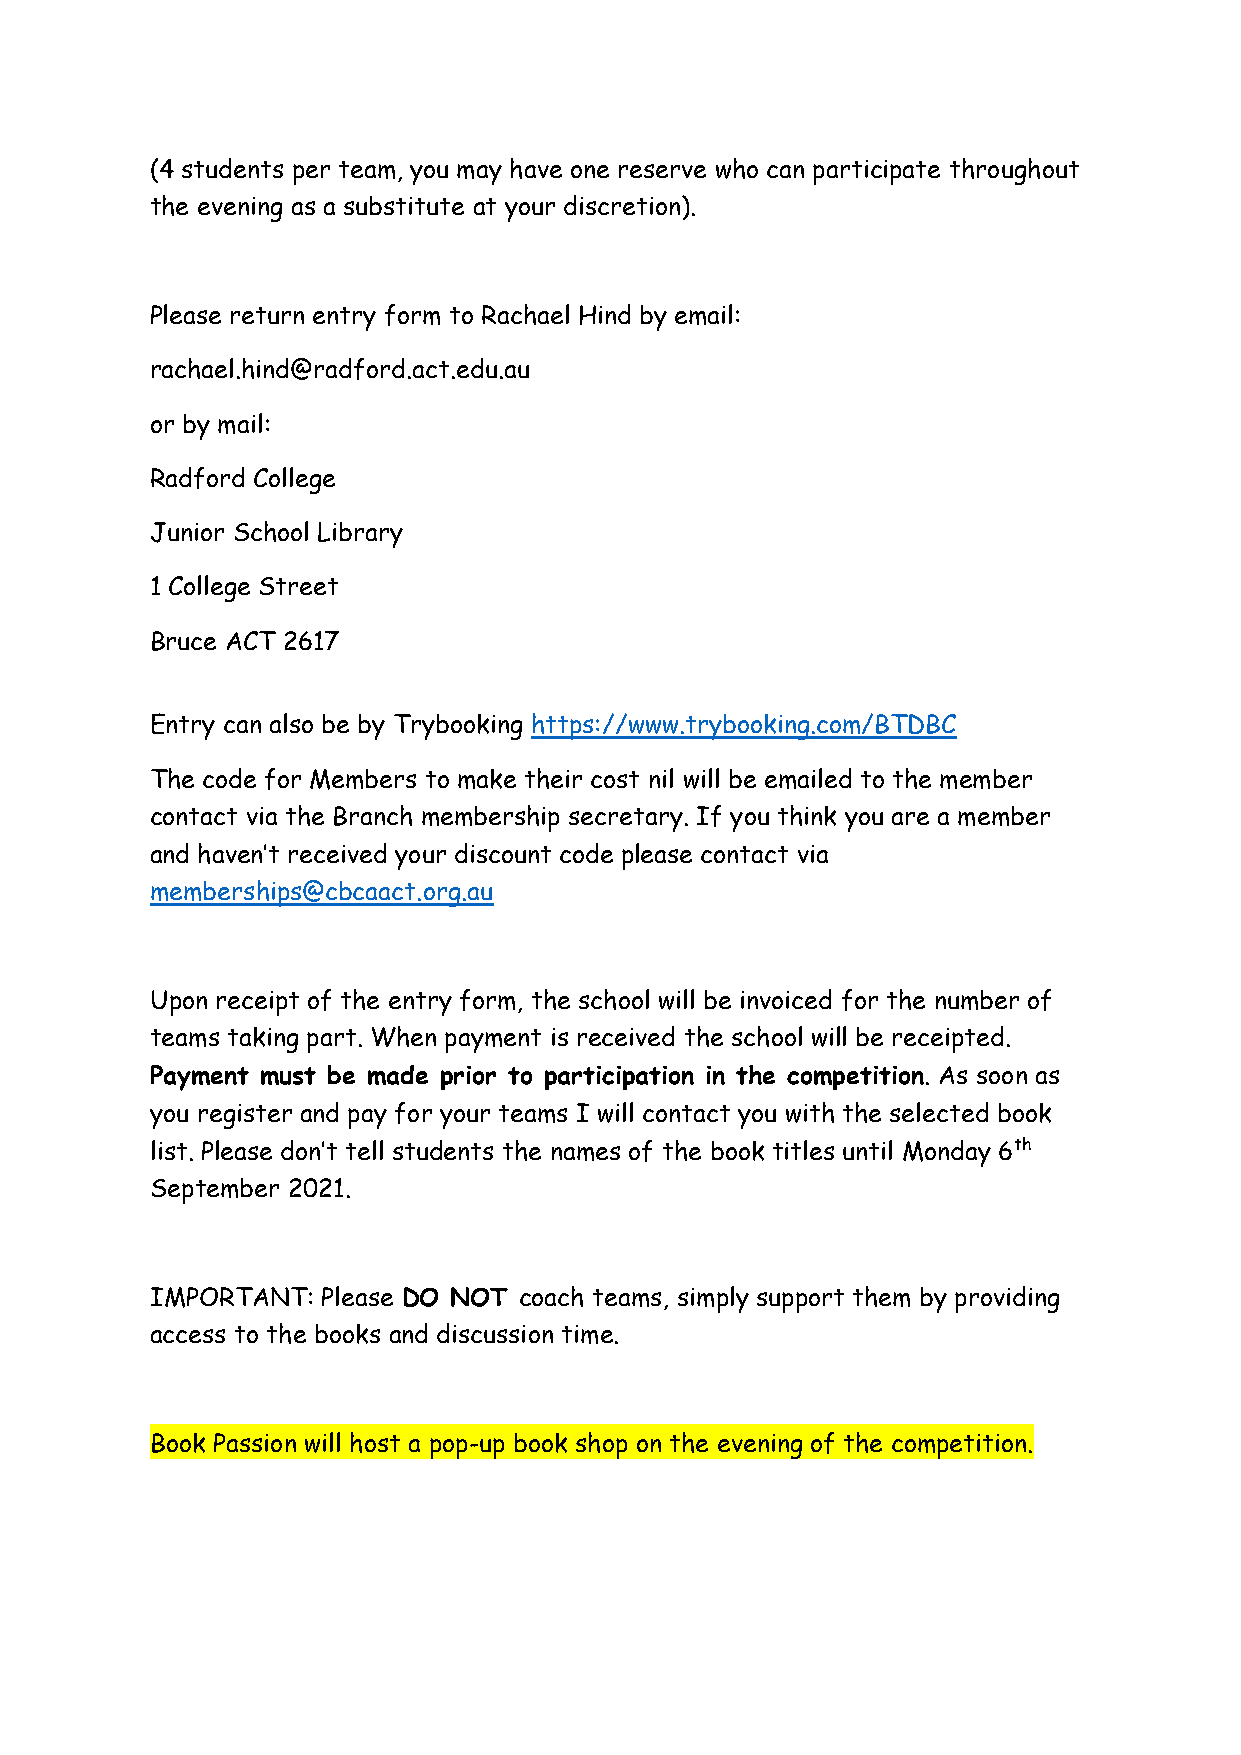
(4 students per team, you may have one reserve who can participate throughout
 the evening as a substitute at your discretion).
 Please return entry form to Rachael Hind by email:
 rachael.hind@radford.act.edu.au
 or by mail:
 Radford College
 Junior School Library
 1 College Street
 Bruce ACT 2617
 Entry can also be by Trybooking https://www.trybooking.com/BTDBC
 The code for Members to make their cost nil will be emailed to the member
 contact via the Branch membership secretary. If you think you are a member
 and haven’t received your discount code please contact via
 memberships@cbcaact.org.au
 Upon receipt of the entry form, the school will be invoiced for the number of
 teams taking part. When payment is received the school will be receipted.
 Payment must be made prior to participation in the competition. As soon as
 you register and pay for your teams I will contact you with the selected book
 list. Please don’t tell students the names of the book titles until Monday 6th
 September 2021.
 IMPORTANT: Please DO NOT coach teams, simply support them by providing
 access to the books and discussion time.
 Book Passion will host a pop-up book shop on the evening of the competition.